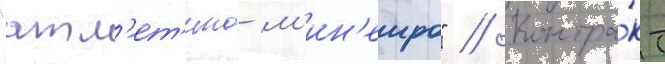
"атл'ет'ико м'ин'еиро" // Контра́кт